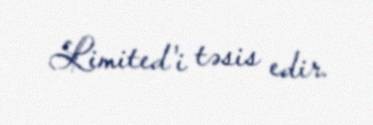
Limited'i təsis edir.